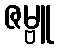
ဇမ္ဗူ